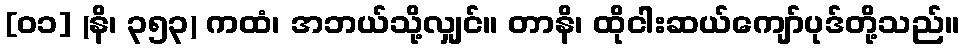
[၀၁] (နိ၊ ၃၅၃) ကထံ၊ အဘယ်သို့လျှင်။ တာနိ၊ ထိုငါးဆယ်ကျော်ပုဒ်တို့သည်။